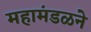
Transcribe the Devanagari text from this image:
महामंडळने